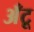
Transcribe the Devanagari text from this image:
अँटू